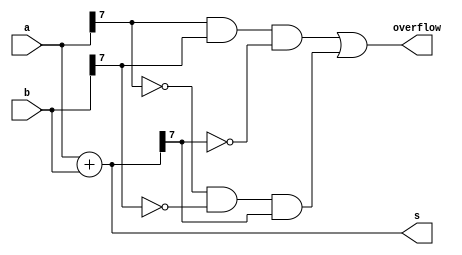
module top_module (
    input [7:0] a,
    input [7:0] b,
    output [7:0] s,
    output overflow
); //
// A signed overflow occurs when adding two positive numbers produces a negative result,
// or adding two negative numbers produces a positive result.
	assign s = a + b;
    assign overflow = (a[7] && b[7] && ~s[7]) || (~a[7] && ~b[7] && s[7]); // && means if one of the value equal 0 then output 0.
    				//(1, 1, 0) || (0, 0, 1)
endmodule